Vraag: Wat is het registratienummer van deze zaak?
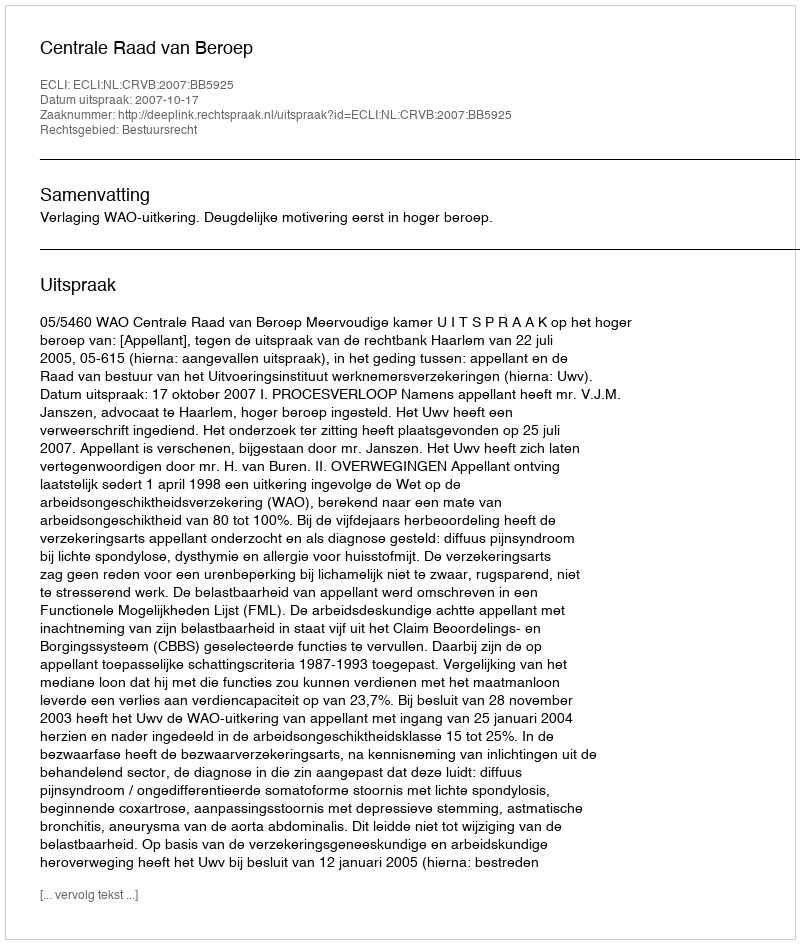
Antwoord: http://deeplink.rechtspraak.nl/uitspraak?id=ECLI:NL:CRVB:2007:BB5925